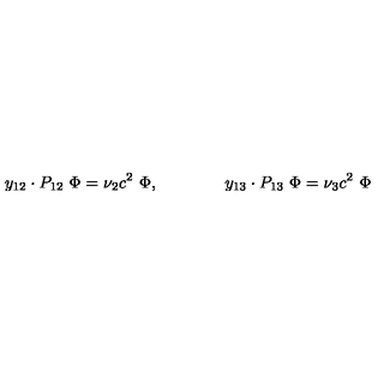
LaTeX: y _ { 1 2 } \cdot P _ { 1 2 } \ \Phi = \nu _ { 2 } c ^ { 2 } \ \Phi , \qquad \qquad y _ { 1 3 } \cdot P _ { 1 3 } \ \Phi = \nu _ { 3 } c ^ { 2 } \ \Phi